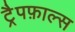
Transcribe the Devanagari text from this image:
ट्रैपफ़ाल्स